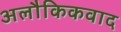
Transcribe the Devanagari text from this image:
अलौकिकवाद